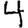
Digit: 4